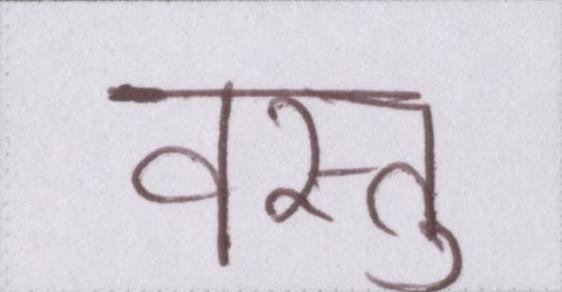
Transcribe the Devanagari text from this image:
वस्तु